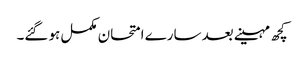
کچھ مہینے بعد سارے امتحان مکمل ہو گئے۔